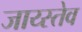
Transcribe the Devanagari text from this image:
जाय्स्तेव